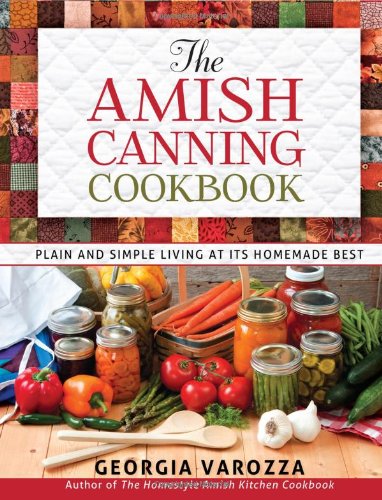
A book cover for The Amish Canning Cookbook: Plain and Simple Living at Its Homemade Best; Georgia Varozza; Cookbooks, Food & Wine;